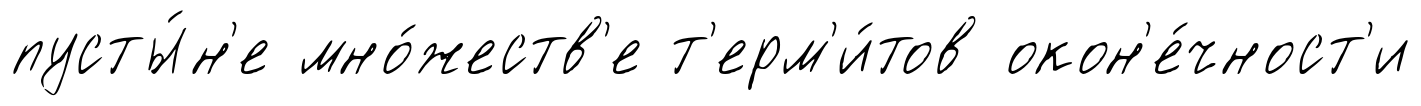
пусты́н'е мно́жеств'е т'ерм'и́тов окон'е́чност'и